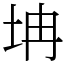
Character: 㘱